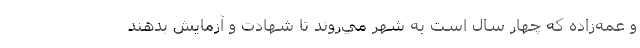
و عمه‌زاده كه چهار سال است به شهر مي‌روند تا شهادت و آزمايش بدهند